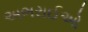
અભરાઈઓ